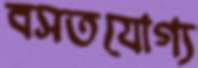
বসতযোগ্য